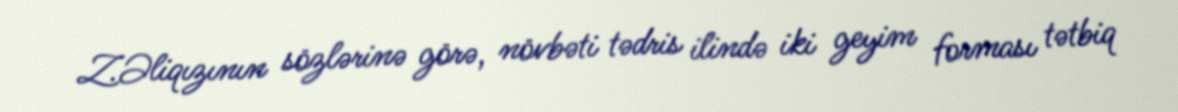
Z.Əliqızının sözlərinə görə, növbəti tədris ilində iki geyim forması tətbiq